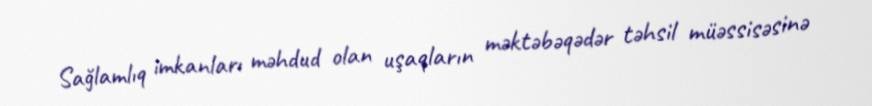
Sağlamlıq imkanları məhdud olan uşaqların məktəbəqədər təhsil müəssisəsinə